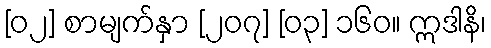
[၀၂] စာမျက်နှာ [၂၀၇] [၀၃] ၁၆၀။ ဣဒါနိ၊